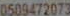
0509472073